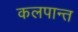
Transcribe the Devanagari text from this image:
कलपान्त